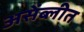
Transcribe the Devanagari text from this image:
असेंब्लीत